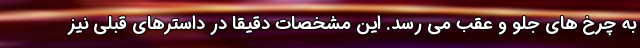
به چرخ های جلو و عقب می رسد. این مشخصات دقیقا در داسترهای قبلی نیز